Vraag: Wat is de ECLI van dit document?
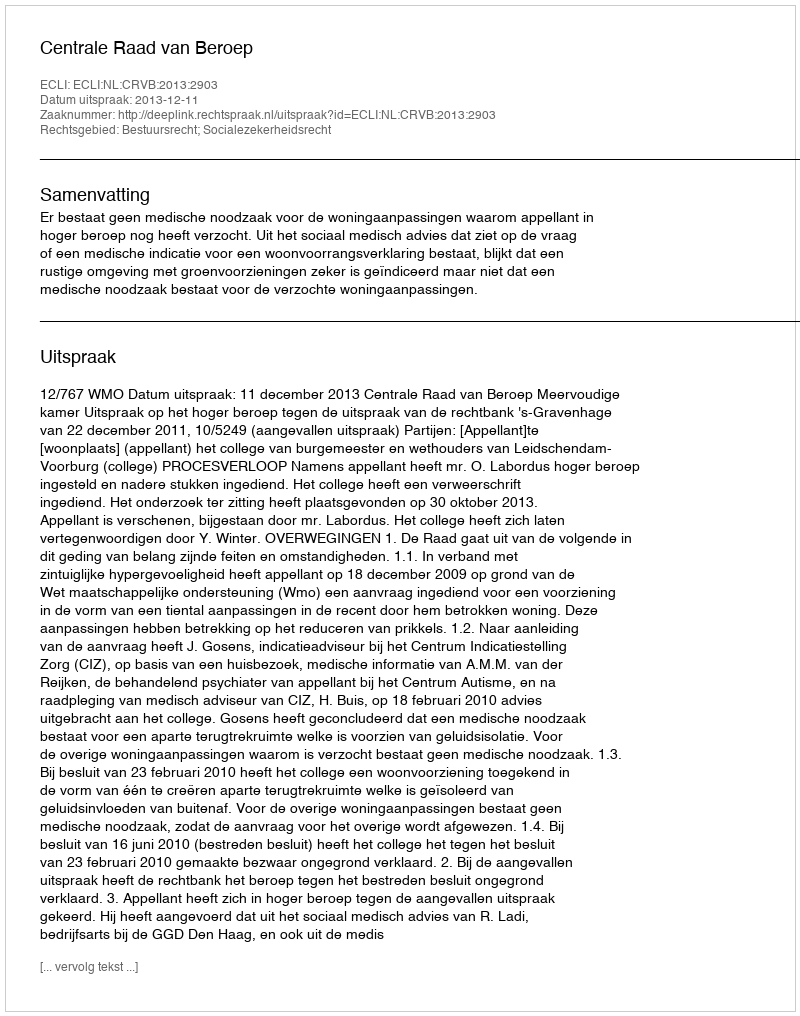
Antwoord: ECLI:NL:CRVB:2013:2903